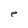
Character: e